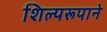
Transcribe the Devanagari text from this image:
शिल्परूपाने